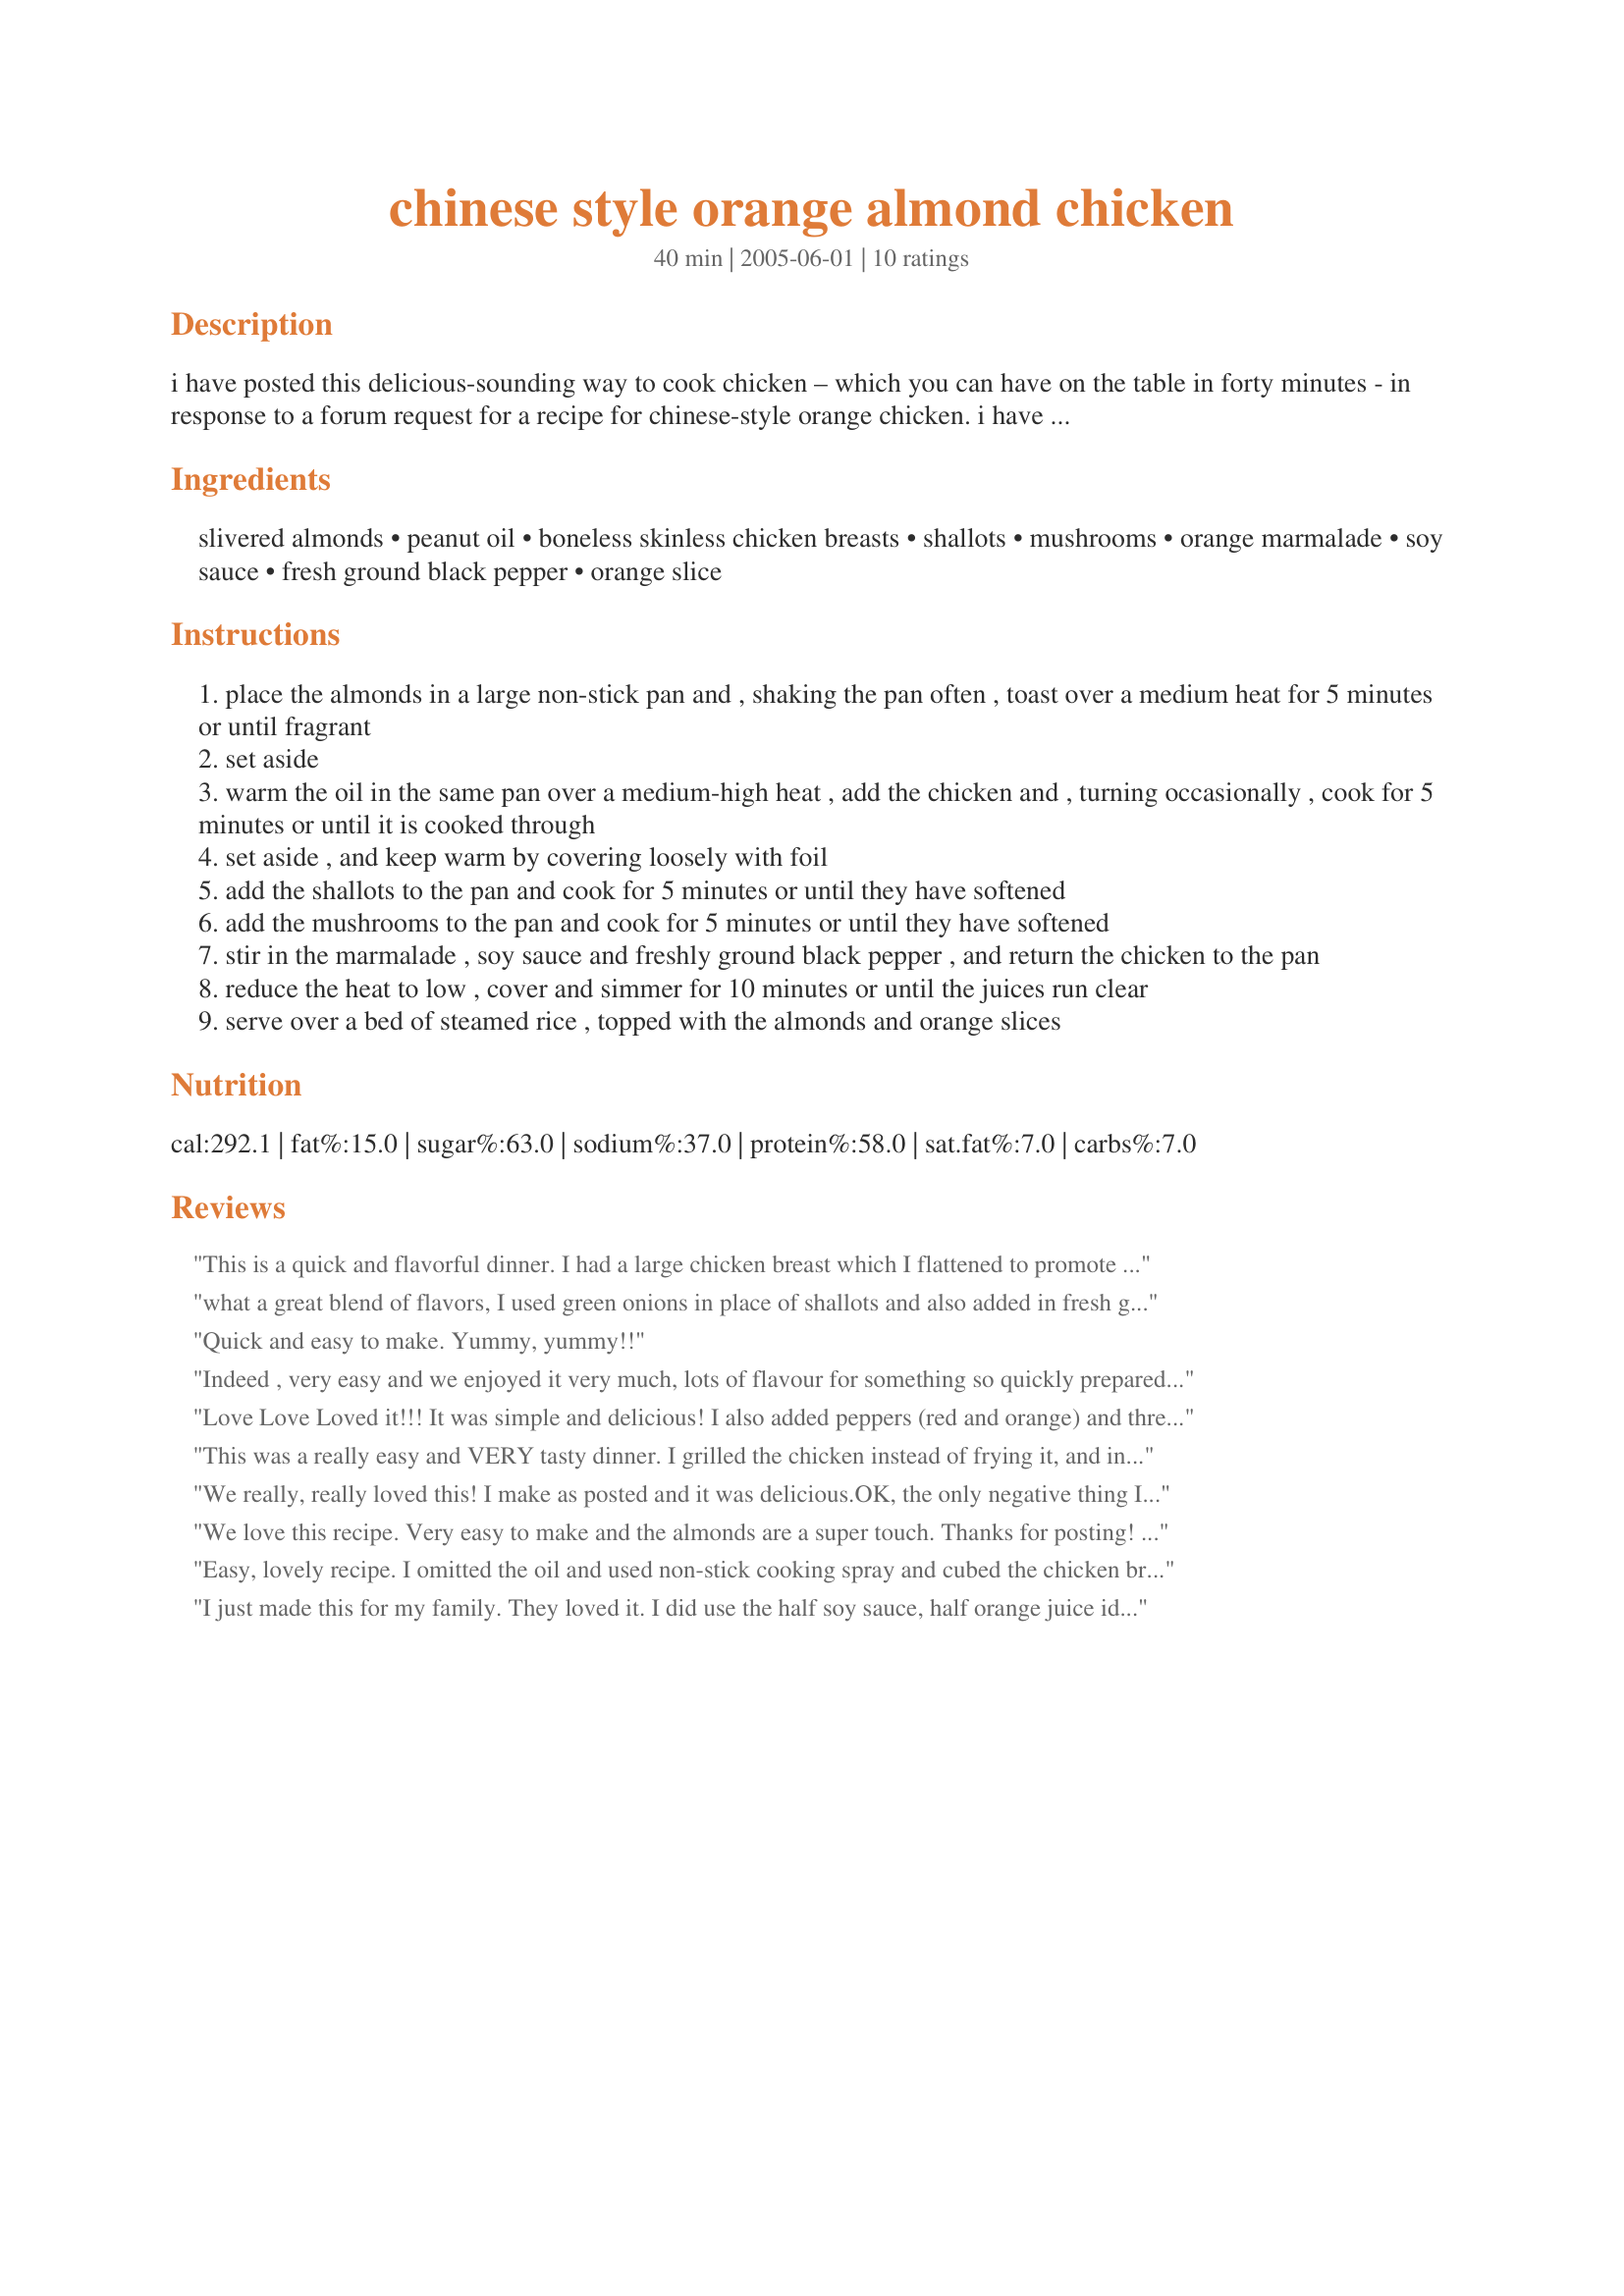
chinese style orange almond chicken
Preparation time: 40 minutes

i have posted this delicious-sounding way to cook chicken – which you can have on the table in forty minutes - in response to a forum request for a recipe for chinese-style orange chicken. i have adapted it from lisa pettit’s recipe in prevention healthy cooking's 'eat up, slim down: tried-and-true recipes and tips from real weight-loss winners' by jane kirby and david joachim. commenting on this recipe, lisa says “when i’m craving chinese-style sweet-and-sour chicken but don’t want the calories or fat, i turn to this recipe”. if you want to increase the orange flavour, substitute some of the soy sauce for orange juice: perhaps half soy sauce and half orange juice. this is a combination that i know works well in my veal with orange sauce recipe #117835.

Ingredients:
slivered almonds, peanut oil, boneless skinless chicken breasts, shallots, mushrooms, orange marmalade, soy sauce, fresh ground black pepper, orange slice

Steps:
place the almonds in a large non-stick pan and , shaking the pan often , toast over a medium heat for 5 minutes or until fragrant
set aside
warm the oil in the same pan over a medium-high heat , add the chicken and , turning occasionally , cook for 5 minutes or until it is cooked through
set aside , and keep warm by covering loosely with foil
add the shallots to the pan and cook for 5 minutes or until they have softened
add the mushrooms to the pan and cook for 5 minutes or until they have softened
stir in the marmalade , soy sauce and freshly ground black pepper , and return the chicken to the pan
reduce the heat to low , cover and simmer for 10 minutes or until the juices run clear
serve over a bed of steamed rice , topped with the almonds and orange slices

Reviews:
This is a quick and flavorful dinner. I had a large chicken breast which I flattened to promote even cooking and cut in half for DH and I. After browning the chicken I added a little orange juice to deglaze the pan. The mushrooms were dried shitakes that had been reconstituted. Served the chicken over jasmine rice and garnished with an orange wedge. Delicious!
what a great blend of flavors, I used green onions in place of shallots and also added in fresh garlic while frying the green onions, also a good teaspoon of crushed red chili flakes, this is an easy recipe but big on flavor, thanks for sharing bluemoon!
Quick and easy to make. Yummy, yummy!!
Indeed , very easy and we enjoyed it very much, lots of flavour for something so quickly prepared. I cubed the chicken fillets, rather than leaving them whole, since we don't eat much meat and it goes further this way.
Otherwise, easily made as directed, served on steamed rice with a side -dish of Recipe #103243

Excellent, thank you Bluemoon!
Love Love Loved it!!! It was simple and delicious! I also added peppers (red and orange) and threw some fried and seasoned zuccini on top!! Yum!!!
This was a really easy and VERY tasty dinner. I grilled the chicken instead of frying it, and instead of oil to sautee the veggies I used some reduced-fat butter. I also added some red and green peppers, which I definitely recommend. They really bulked up the dish and added some good flavor (if I'd had water chestnuts on hand I'd add those, too). I'm definitely making this again, tasty, healthy, awesome. Can't go wrong!
We really, really loved this! I make as posted and it was delicious.OK, the only negative thing I could say was that it took about 2 minutes to cook the shallots. And the rest was history. :) Thanks for posting!
We love this recipe. Very easy to make and the almonds are a super touch. Thanks for posting! Made for the I Recommend Tag Game.
Easy, lovely recipe. I omitted the oil and used non-stick cooking spray and cubed the chicken breasts. While the chicken was simmering in the sauce, I lightly steamed some broccoli, which I then tossed with the chicken and sauce. I served it all over some seasoned steamed rice. Really nice. It does have a nice light orange flavor, so I think I may try your suggestion of using a little bit of orange juice next time, as well. Thanks for sharing!
I just made this for my family. They loved it. I did use the half soy sauce, half orange juice idea and it was great. I hope this recipe is also in the Gluten Free section. Because it is and there aren't enough recipes there. You would just need to make sure the soy sauce was gluten free. Next time we will try it with additional veggies. Thank You for the Great recipe
